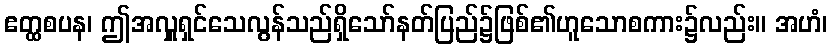
ဧတ္ထစပန၊ ဤအလှူရှင်သေလွန်သည်ရှိသော်နတ်ပြည်၌ဖြစ်၏ဟူသောစကား၌လည်း။ အဟံ၊